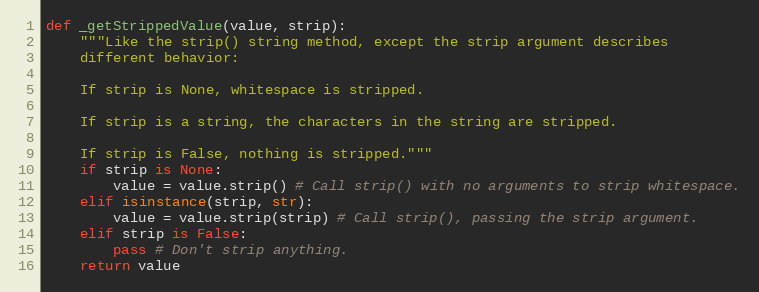
Language: Python
def _getStrippedValue(value, strip):
    """Like the strip() string method, except the strip argument describes
    different behavior:

    If strip is None, whitespace is stripped.

    If strip is a string, the characters in the string are stripped.

    If strip is False, nothing is stripped."""
    if strip is None:
        value = value.strip() # Call strip() with no arguments to strip whitespace.
    elif isinstance(strip, str):
        value = value.strip(strip) # Call strip(), passing the strip argument.
    elif strip is False:
        pass # Don't strip anything.
    return value